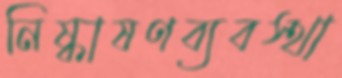
নিষ্কাষণব্যবস্থা